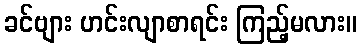
ခင်ဗျား ဟင်းလျာစာရင်း ကြည့်မလား။